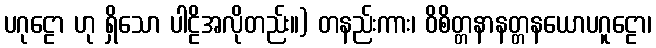
ပဂုဠော ဟု ရှိသော ပါဠိအလိုတည်း။) တနည်းကား၊ ဝိစိတ္တနာနတ္တနယောပဂူဠော၊